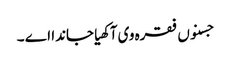
جسنوں فقرہ وی آکھیا جاندا اے ۔